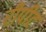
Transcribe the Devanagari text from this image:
रीपीट